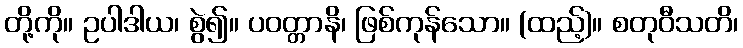
တို့ကို။ ဥပါဒါယ၊ စွဲ၍။ ပဝတ္တာနိ၊ ဖြစ်ကုန်သော။ (ထည့်)။ စတုဝီသတိ၊